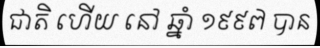
ជាតិ ហើយ នៅ ឆ្នាំ ១៩៩៧ បាន